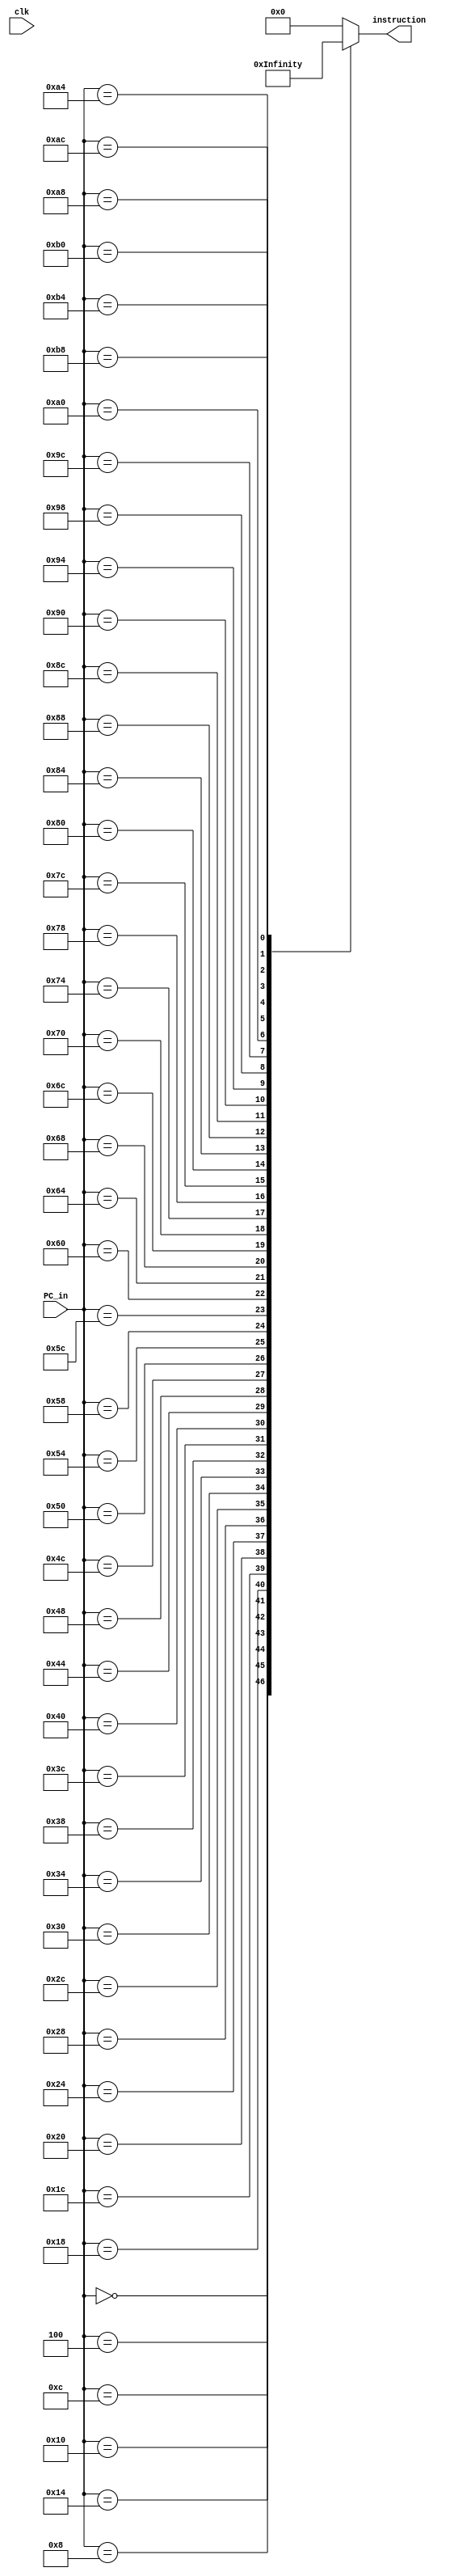
module IM (
    input clk,
    input [31:0] PC_in,
    output reg [31:0] instruction 
);

  always @(*) begin
      case (PC_in)
        //                          COND Md I opcd S  Rn   Rd  shifter-oprd
        32'd0  : instruction <= 32'b1110_00_1_1101_0_0000_0000_000000010100; //MOV R0, #20
        32'd4  : instruction <= 32'b1110_00_1_1101_0_0000_0001_101000000001; //MOV R1, #4096
        32'd8  : instruction <= 32'b1110_00_1_1101_0_0000_0010_000100000011; //MOV R2, #0xC0000000
        32'd12 : instruction <= 32'b1110_00_0_0100_1_0010_0011_000000000010; //ADDS R3, R2, R2
        32'd16 : instruction <= 32'b1110_00_0_0101_0_0000_0100_000000000000; //ADC R4, R0, R0
        32'd20 : instruction <= 32'b1110_00_0_0010_0_0100_0101_000100000100; //SUB R5, R4, R4, LSL #2
        32'd24 : instruction <= 32'b1110_00_0_0110_0_0000_0110_000010100000; //SBC R6, R0, R0, LSR #1
        32'd28 : instruction <= 32'b1110_00_0_1100_0_0101_0111_000101000010; //ORR R7, R5, R2, ASR #2
        32'd32 : instruction <= 32'b1110_00_0_0000_0_0111_1000_000000000011; //AND R8, R7, R3 
        32'd36 : instruction <= 32'b1110_00_0_1111_0_0000_1001_000000000110; //MVN R9, R6
        32'd40 : instruction <= 32'b1110_00_0_0001_0_0100_1010_000000000101; //EOR R10, R4, R5
        32'd44 : instruction <= 32'b1110_00_0_1010_1_1000_0000_000000000110; //CMP R8, R6
        
        32'd48 : instruction <= 32'b0001_00_0_0100_0_0001_0001_000000000001; //ADDNE R1, R1, R1
        32'd52 : instruction <= 32'b1110_00_0_1000_1_1001_0000_000000001000; //TST R9, R8
        32'd56 : instruction <= 32'b0000_00_0_0100_0_0010_0010_000000000010; //ADDEQ R2, R2, R2
        32'd60 : instruction <= 32'b1110_00_1_1101_0_0000_0000_101100000001; //MOV R0, #1024
        32'd64 : instruction <= 32'b1110_01_0_0100_0_0000_0001_000000000000; //STR R1, [R0], #0
        32'd68 : instruction <= 32'b1110_01_0_0100_1_0000_1011_000000000000; //LDR R11, [R0], #0
        32'd72 : instruction <= 32'b1110_01_0_0100_0_0000_0010_000000000100; //STR R2 ,[R0],#4 //MEM[1028] = -1073741824
        32'd76 : instruction <= 32'b11100100100000000011000000001000; //STR R3 ,[R0],#8 //MEM[1032] = -2147483648
        32'd80 : instruction <= 32'b11100100100000000100000000001101; //STR R4 ,[R0],#13 //MEM[1036] = 41
        32'd84 : instruction <= 32'b11100100100000000101000000010000; //STR R5 ,[R0],#16 //MEM[1040] = -123
        32'd88 : instruction <= 32'b11100100100000000110000000010100; //STR R6 ,[R0],#20 //MEM[1044] = 9
        32'd92 : instruction <= 32'b11100100100100001010000000000100; //LDR R10,[R0],#4 //R10 = -1073741824
        32'd96 : instruction <= 32'b11100100100000000111000000011000; //STR R7 ,[R0],#24 //MEM[1048] = -123
        32'd100: instruction <= 32'b11100011101000000001000000000100; //MOV R1 ,#4 //R1 = 4
        32'd104: instruction <= 32'b11100011101000000010000000000000; //MOV R2 ,#0 //R2 = 0
        32'd108: instruction <= 32'b11100011101000000011000000000000; //MOV R3 ,#0 //R3 = 0
        32'd112: instruction <= 32'b11100000100000000100000100000011; //ADD R4 ,R0,R3,LSL #2
        32'd116: instruction <= 32'b11100100100101000101000000000000; //LDR R5 ,[R4],#0
        32'd120: instruction <= 32'b11100100100101000110000000000100; //LDR R6 ,[R4],#4
        32'd124: instruction <= 32'b11100001010101010000000000000110; //CMP R5 ,R6
        32'd128: instruction <= 32'b11000100100001000110000000000000; //STRGT R6 ,[R4],#0
        32'd132: instruction <= 32'b11000100100001000101000000000100; //STRGT R5 ,[R4],#4
        32'd136: instruction <= 32'b11100010100000110011000000000001; //ADD R3 ,R3,#1
        32'd140: instruction <= 32'b11100011010100110000000000000011; //CMP R3 ,#3
        32'd144: instruction <= 32'b10111010111111111111111111110111; //BLT #-9
        32'd148: instruction <= 32'b11100010100000100010000000000001; //ADD R2 ,R2,#1
        32'd152: instruction <= 32'b11100001010100100000000000000001; //CMP R2 ,R1
        32'd156: instruction <= 32'b10111010111111111111111111110011; //BLT #-13
        32'd160: instruction <= 32'b11100100100100000001000000000000; //LDR R1 ,[R0],#0 //R1 = -2147483648
        32'd164: instruction <= 32'b11100100100100000010000000000100; //LDR R2 ,[R0],#4 //R2 = -1073741824
        32'd168: instruction <= 32'b11100100100100000011000000001000; //STR R3 ,[R0],#8 //R3 = 41
        32'd172: instruction <= 32'b11100100100100000100000000001100; //STR R4 ,[R0],#12 //R4 = 8192
        32'd176: instruction <= 32'b11100100100100000101000000010000; //STR R5 ,[R0],#16
        32'd180: instruction <= 32'b11100100100100000110000000010100; //STR R6 ,[R0],#20
        32'd184: instruction <= 32'b11101010111111111111111111111111; //B #-1
        default: instruction <= 32'd0;
      endcase
  end
    
endmodule